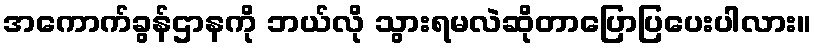
အကောက်ခွန်ဌာနကို ဘယ်လို သွားရမလဲဆိုတာပြောပြပေးပါလား။